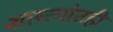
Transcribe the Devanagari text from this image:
आरत्यांतही